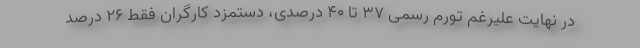
در نهایت علیرغم تورم رسمی ۳۷ تا ۴۰ درصدی، دستمزد کارگران فقط ۲۶ درصد